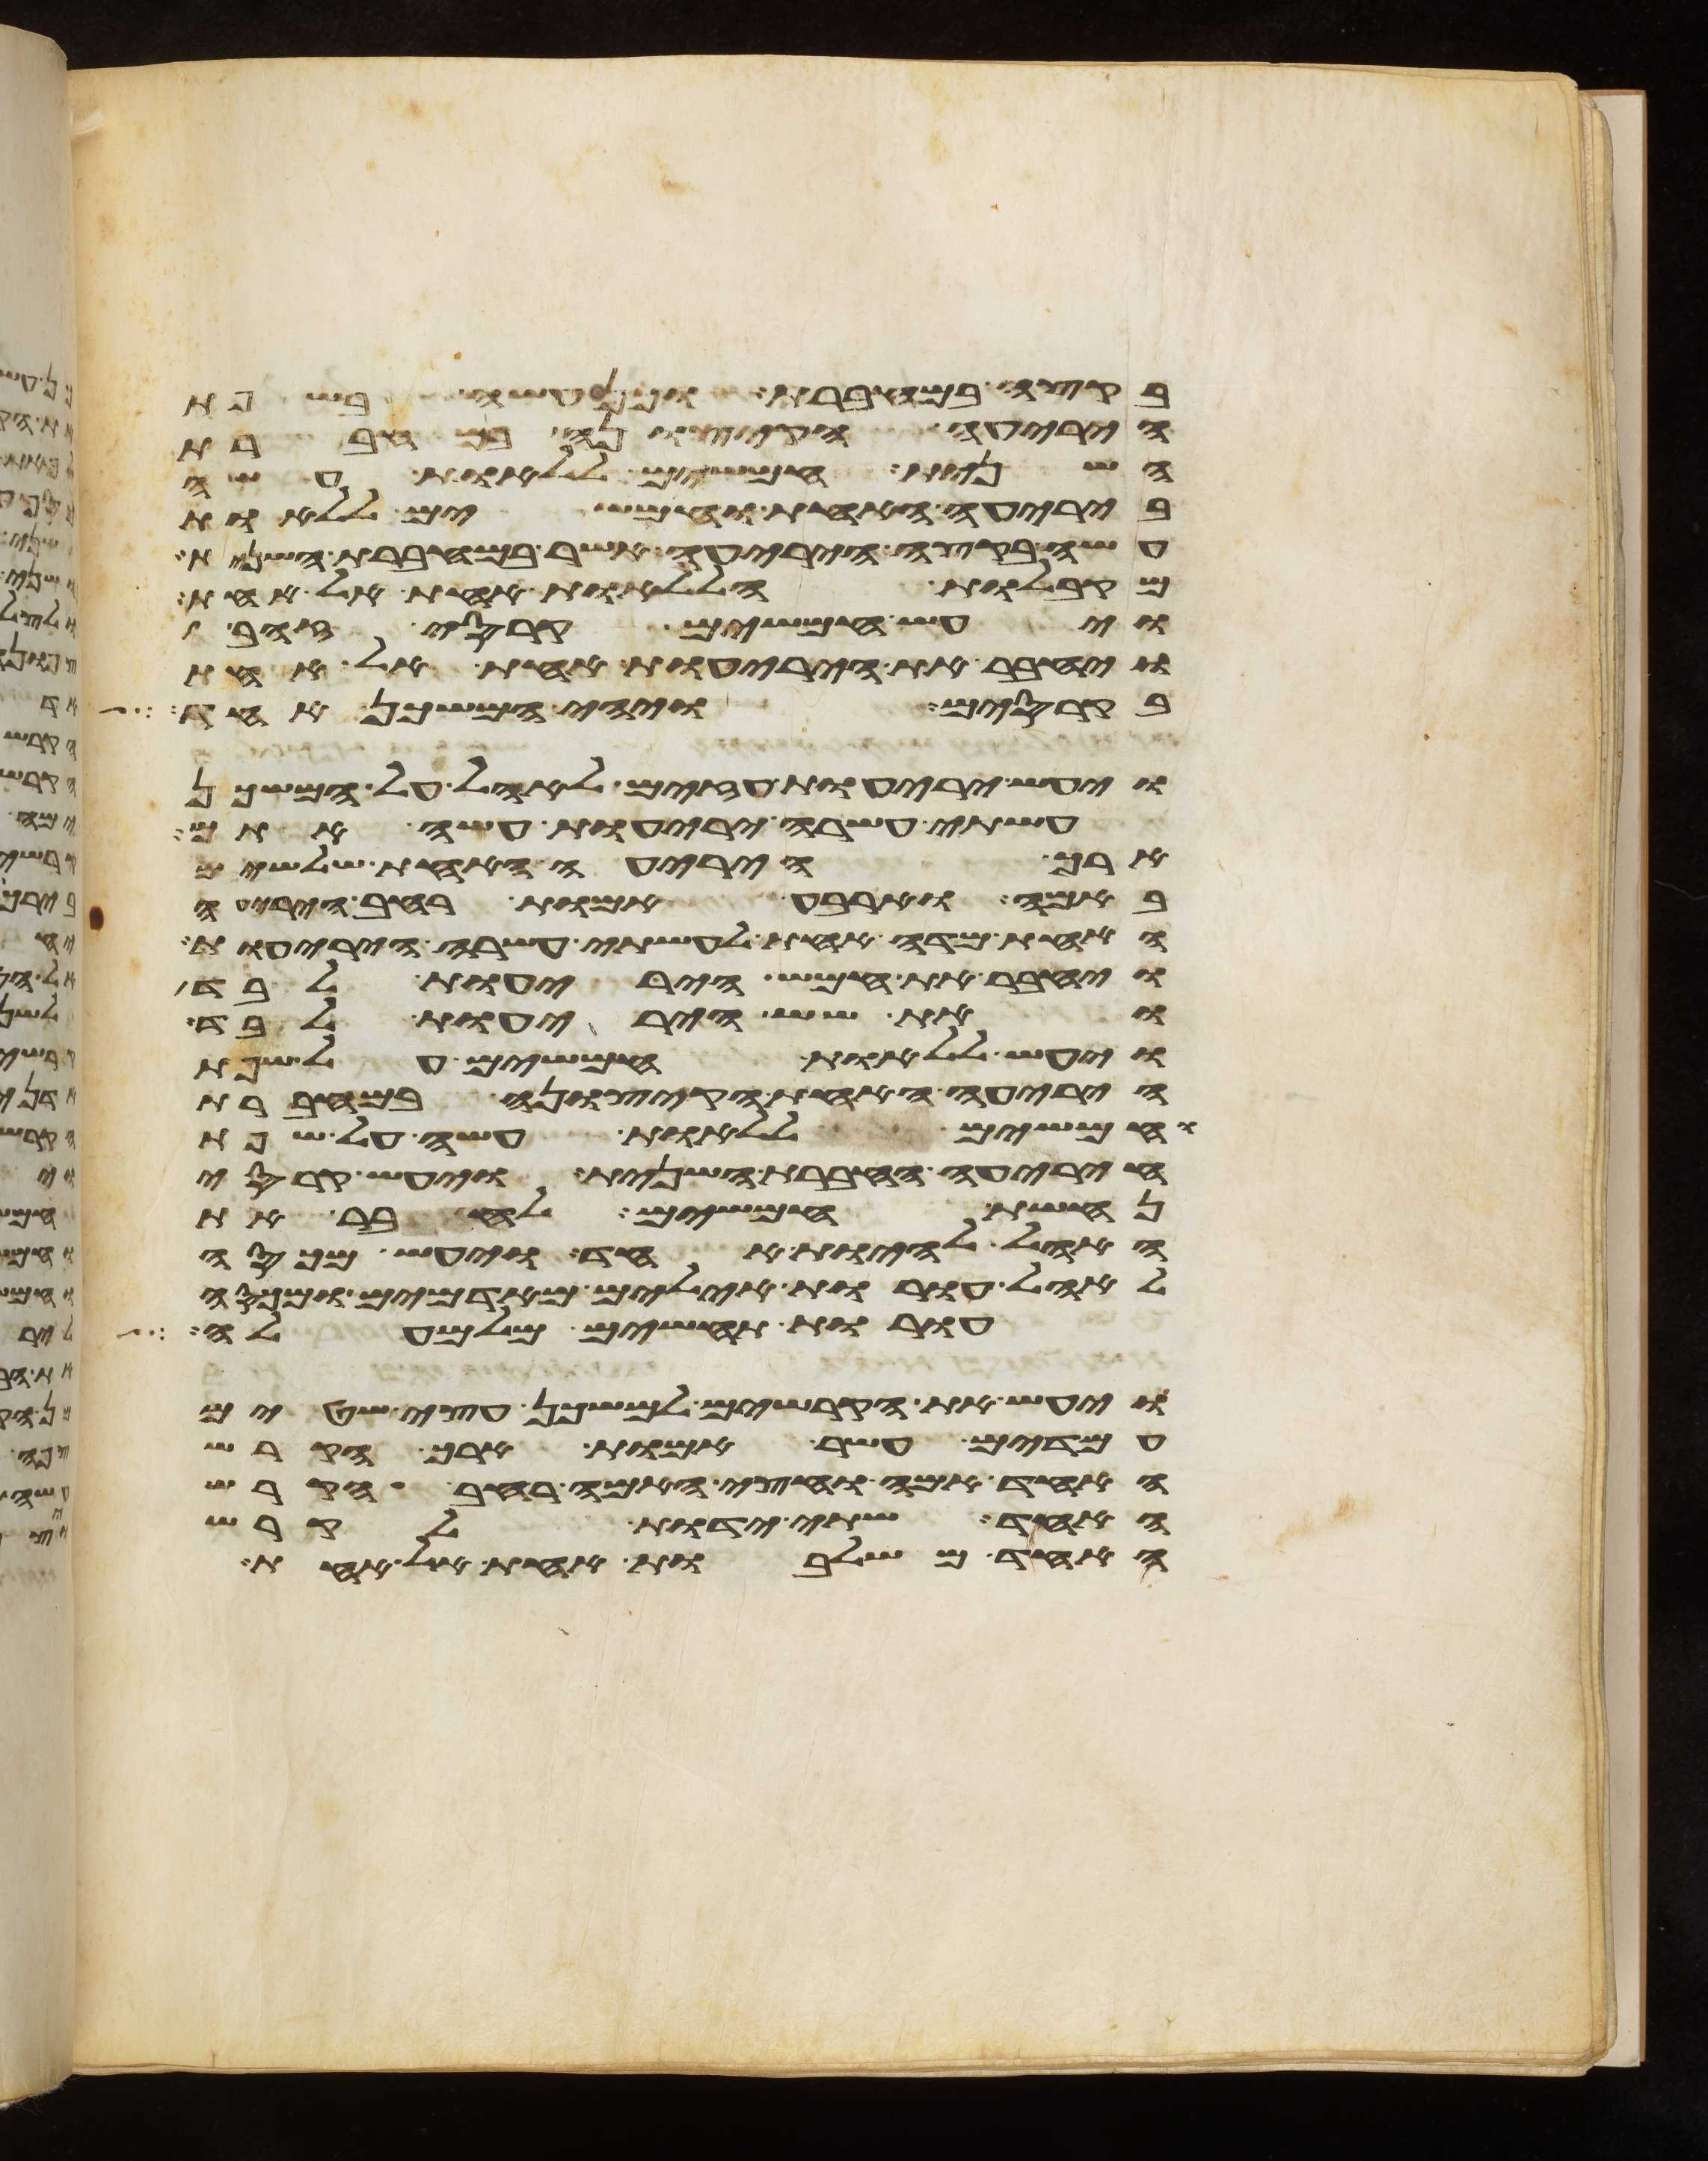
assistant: בקצה במחברת וכן עשה בשפת
היריעה הקצונה במחברת
השנית חמשים ללאות עשה
ביריעה האחת וחמשים ללאות
עשה בקצה היריעה אשר במחברת השנית
מקבלות הללאות אחת אל אחת
ויעש חמשים קרסי זהב
ויחבר את היריעות אחת אל אחת
בקרסים ויהי המשכן אחד
ויעש יריעות עזים לאהל על המשכן
עשתה עשרה יריעות עשה אתם
ארך היריעה האחת שלשים
באמה וארבע אמות רחב היריעה
האחת מדה אחת לעשתה עשרה היריעות
ויחבר את חמש היריעות לבד
ואת שש היריעות לבד
ויעש ללאות חמשים על שפת
היריעה האחת הקצונה במחברת
וחמשים ללאות עשה על שפת
היריעה החברת השנית ויעש קרסי
נחשת חמשים לחבר את
האהל להיות אחד ויעש מכסה
לאהל עורות אילים מאדמים ומכסה
עורות תחשים מלמעלה
ויעש את הקרשים למשכן עצי שטים
עמדים עשר אמות ארך הקרש
האחד אמה וחצי האמה רחב הקרש
האחד שתי ידות לקרש
האחד משלבות אחת אל אחת